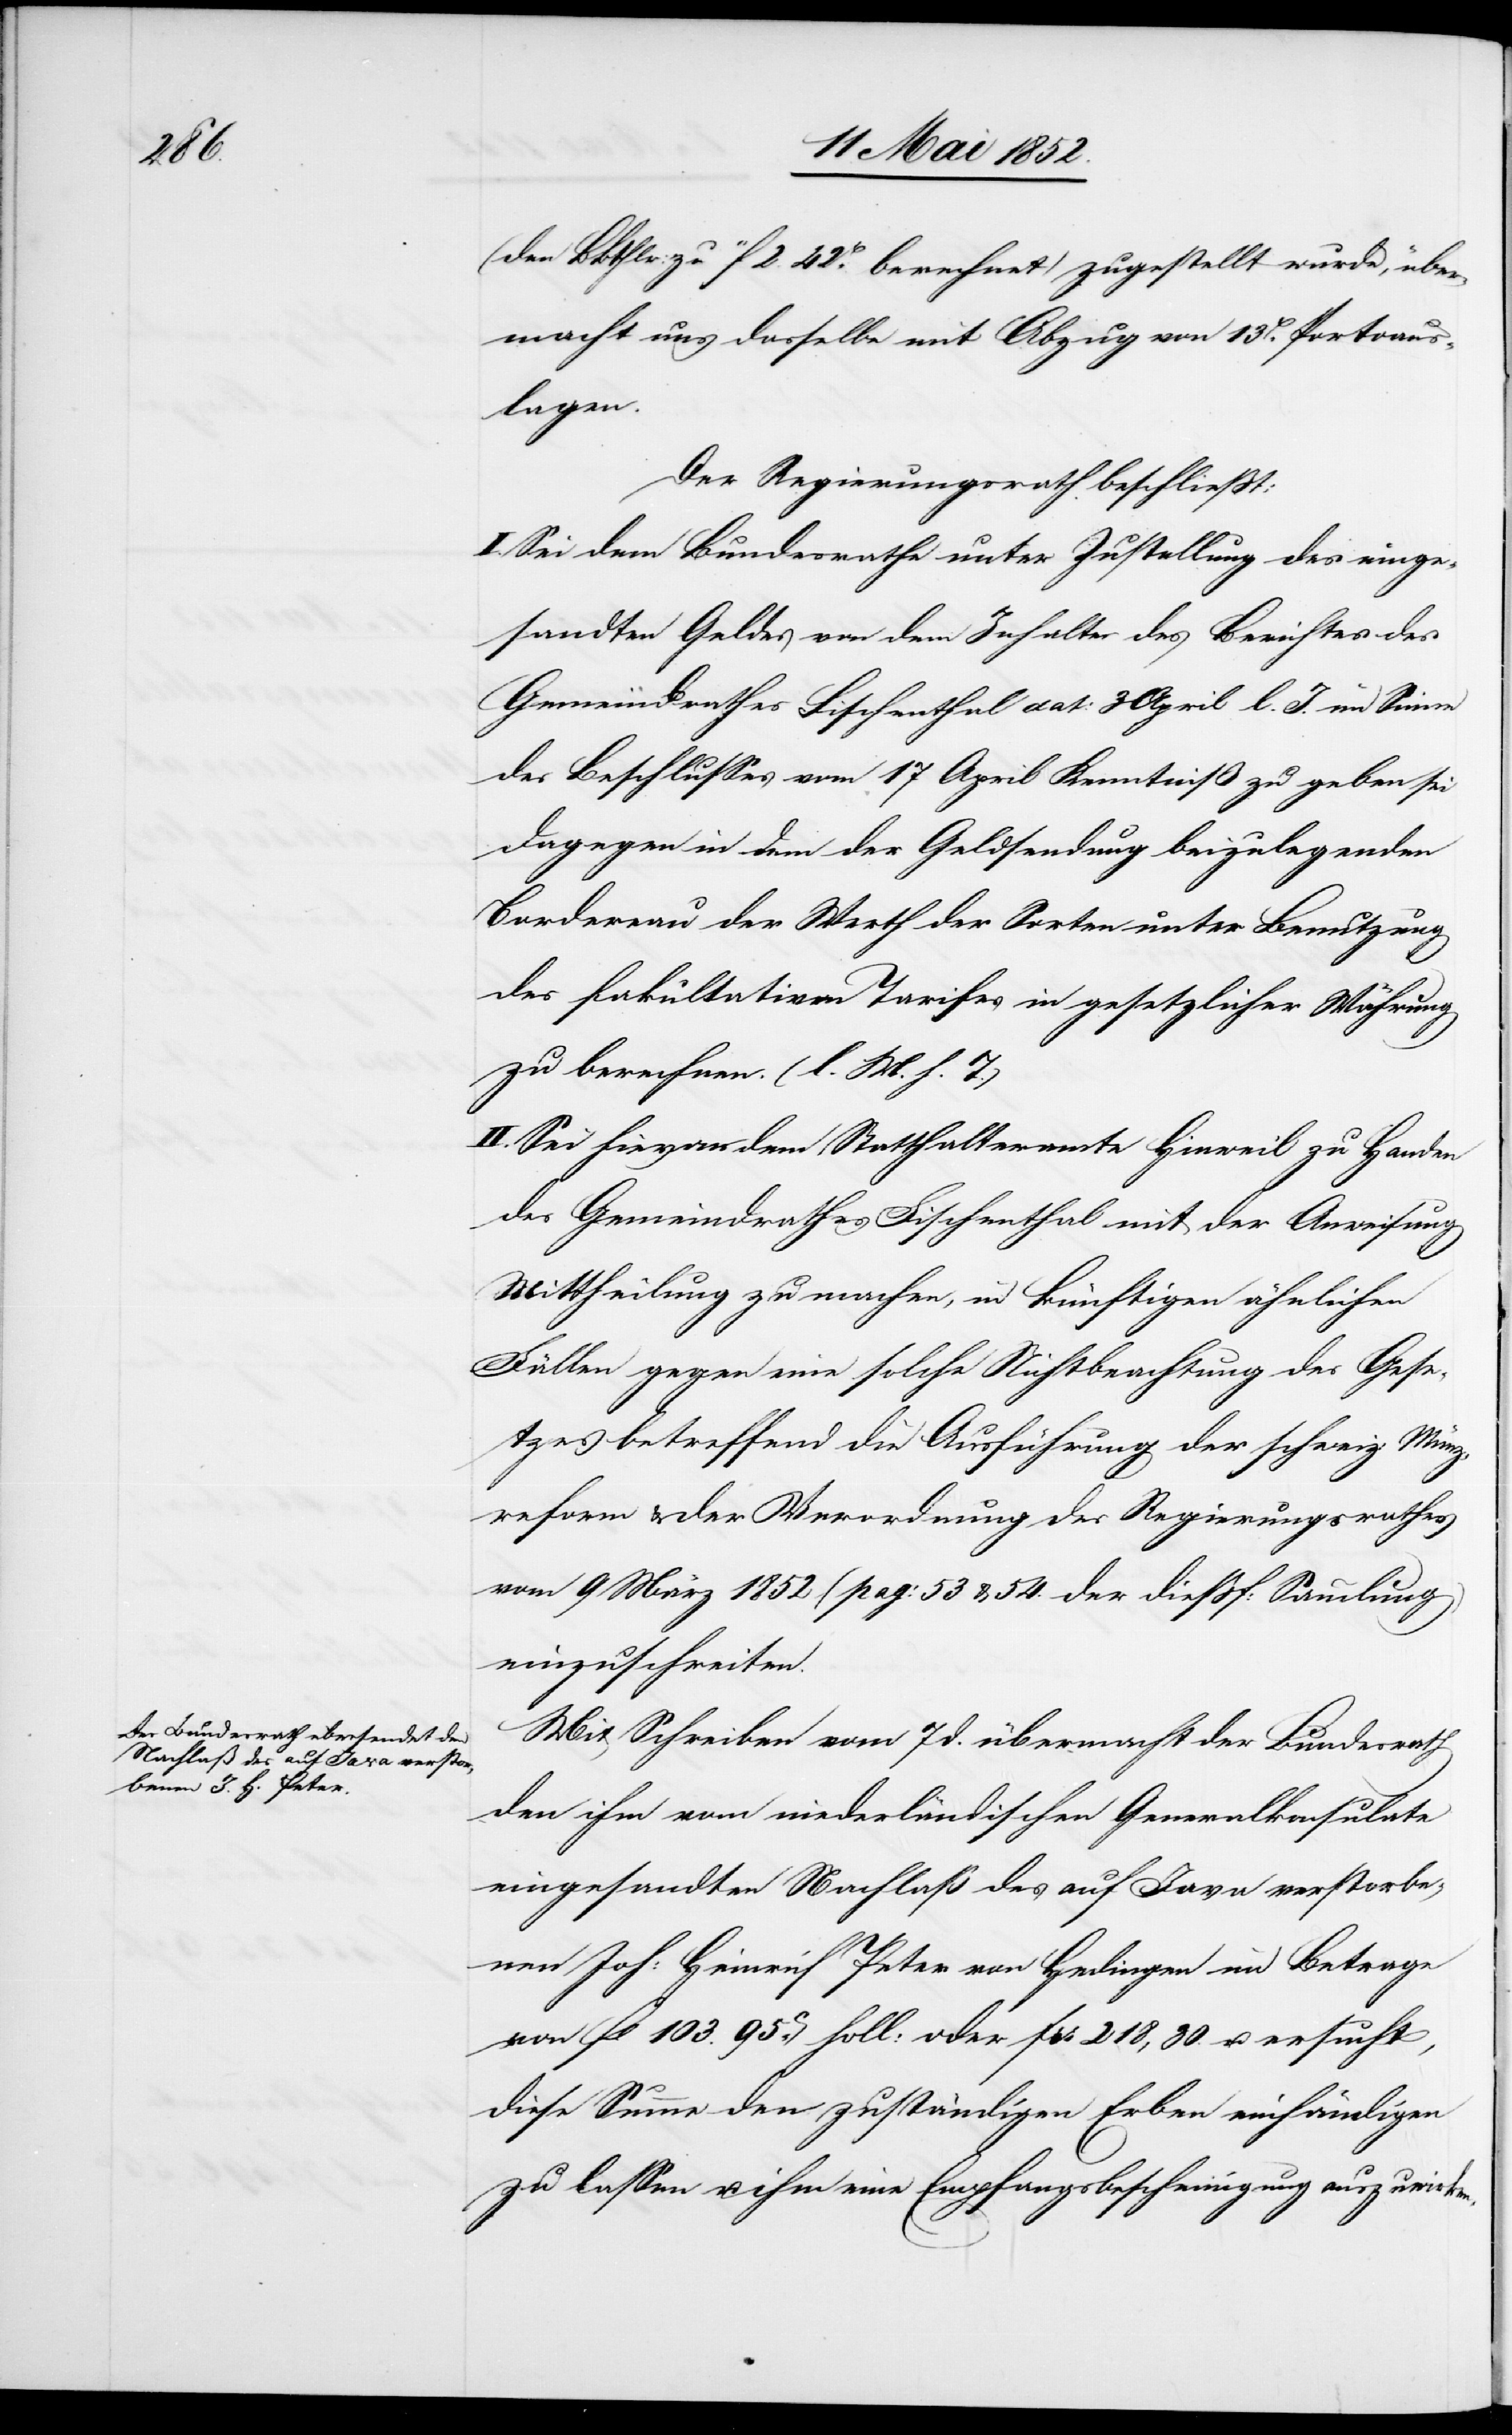
(den BBthlr: zu 11f 2. 42H. berechnet) zugestellt wurde, über¬
macht uns dasselbe mit Abzug von 13H. Portoaus¬
lagen.
Der Regierungsrath beschliesst:
I. Sei dem Bundesrathe unter Zustellung des einge¬
sandten Geldes von dem Inhalte des Berichtes des
Gemeindrathes Fischenthal dat: 3 April l. J. im Sinne
des Beschlusses vom 17 April Kenntniß zu geben sei
dagegen in dem der Geldsendung beizulegenden
Bordereau der Werth der Sorten unter Benutzung
des fakultativen Tarifes in gesetzlicher Währung
zu berechnen. (l. M. h. T.)
II. Sei hievon dem Statthalteramte Hinweil zu Handen
des Gemeindrathes Fischenthal mit der Anweisung
Mittheilung zu machen, in künftigen ähnlichen
Fällen gegen eine solche Nichtbeachtung des Gese¬
tzes betreffend die Ausführung der schweiz: Münz¬
reform & der Verordnung des Regierungsrathes
vom 9 März 1852 (pag: 53 & 54. der diessf: Sammlung)
einzuschreiten.
Mit Schreiben vom 7 d. übermacht der Bundesrath
den ihm vom niederländischen Generalkonsulate
eingesandten Nachlaß des auf Java verstorbe¬
nen Joh: Heinrich Peter von Hedingen im Betrage
von fl 103. 95ct. holl: oder f[?r]s 218,30. u. ersucht,
diese Summe den zuständigen Erben einhändigen
zu lassen u. ihm eine Empfangsbescheinigung auszuwirken.